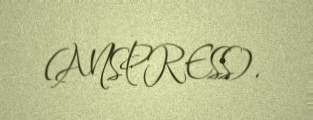
(ANSPRESS).